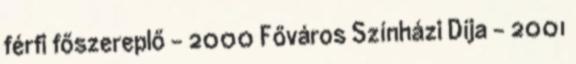
férfi főszereplő - 2000 Főváros Színházi Díja - 2001